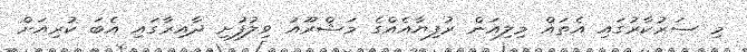
މި ސަރުކާރުގައި އެތައް މިލިއަން ރުފިޔާއެއްގެ މަޝްރޫއު ވިލުފުށި ދާއިރާގައި އެބަ ކުރިއަށް